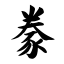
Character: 豢